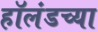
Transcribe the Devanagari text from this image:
हॉलंडच्या